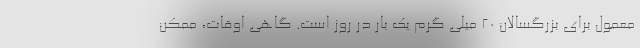
معمول برای بزرگسالان 20 میلی گرم یک بار در روز است. گاهی اوقات، ممکن